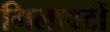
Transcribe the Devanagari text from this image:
मिलावटों